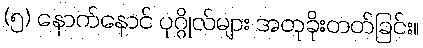
(၅) နောက်နောင် ပုဂ္ဂိုလ်များ အတုခိုးတတ်ခြင်း။